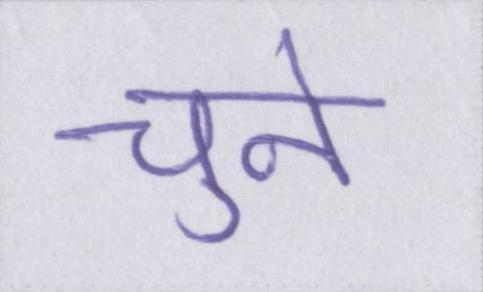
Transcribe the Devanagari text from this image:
चुनें